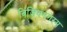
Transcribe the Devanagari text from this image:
विज़ियनगरम